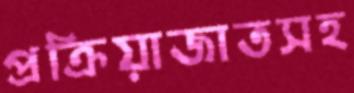
প্রক্রিয়াজাতসহ